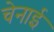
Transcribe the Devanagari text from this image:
चेनाई